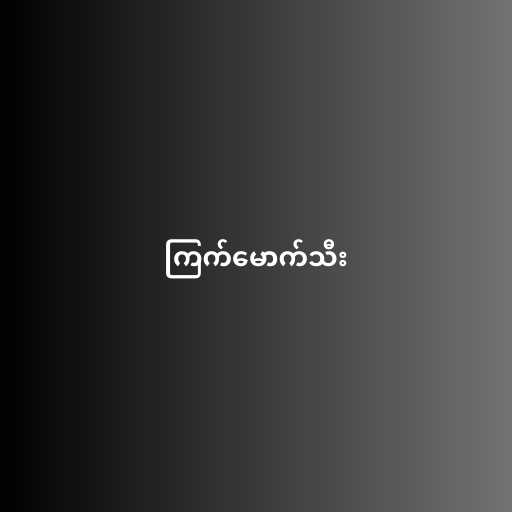
ကြက်မောက်သီး